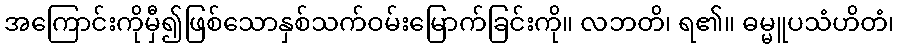
အကြောင်းကိုမှီ၍ဖြစ်သောနှစ်သက်ဝမ်းမြောက်ခြင်းကို။ လဘတိ၊ ရ၏။ ဓမ္မူပသံဟိတံ၊